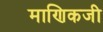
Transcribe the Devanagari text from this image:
माणिकजी